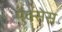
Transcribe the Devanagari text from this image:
मॅक्सेस